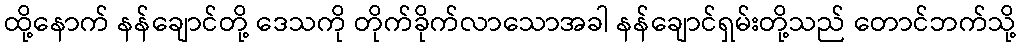
ထို့နောက် နန်ချောင်တို့ ဒေသကို တိုက်ခိုက်လာသောအခါ နန်ချောင်ရှမ်းတို့သည် တောင်ဘက်သို့